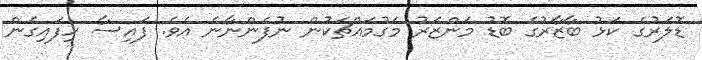
ޑޮލަރުގެ ކަޅު ބާޒާރުގެ ބޮޑު މަންޒަރު މަގުމައްޗަކުން ނުފެންނާނެ އެވެ. ފައިސާ ހިފައިގެން